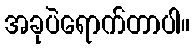
အခုပဲရောက်တာပါ။